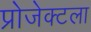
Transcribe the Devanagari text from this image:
प्रोजेक्टला